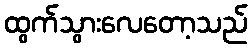
ထွက်သွားလေတော့သည်